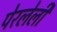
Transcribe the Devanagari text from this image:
पेरलेली